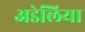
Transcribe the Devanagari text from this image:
अडेलिया